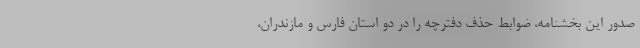
صدور این بخشنامه، ضوابط حذف دفترچه را در دو استان فارس و مازندران،